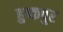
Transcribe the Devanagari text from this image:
हुष्कपुर